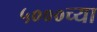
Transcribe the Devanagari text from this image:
५०००च्या